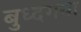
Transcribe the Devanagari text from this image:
बुध्दगया